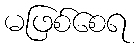
မဖြစ်စေရ